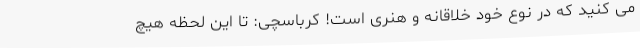
می کنید که در نوع خود خلاقانه و هنری است! کرباسچی: تا این لحظه هیچ